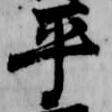
平